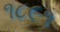
૧૮૯૧